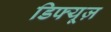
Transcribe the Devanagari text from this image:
डिफ्यूज़